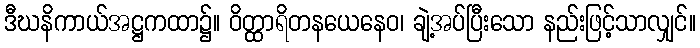
ဒီဃနိကာယ်အဋ္ဌကထာ၌။ ဝိတ္ထာရိတနယေနေဝ၊ ချဲ့အပ်ပြီးသော နည်းဖြင့်သာလျှင်။